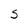
Character: S